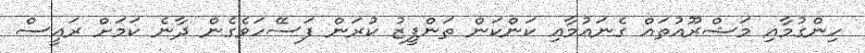
ހިންގުމާއި މަޝްރޫއުތައް ގެނައުމާއި ކަންކަން ތަންފީޒު ކުރަން ފަސޭހަވެގެން ދާނެ ކަމަށް ރައީސް